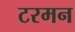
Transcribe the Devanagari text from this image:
टरमन